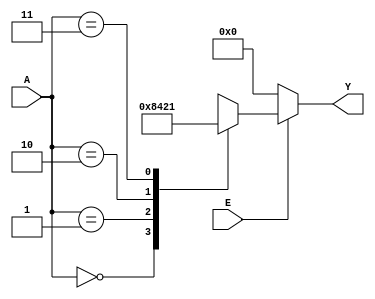
module decoder24a (E,A,Y);
input [1:0] A;
input E;
output [0:3] Y;
reg [0:3] Y;
always @(E,A)
begin 
  if(E==1'b0)
  Y=0;
  else begin 
    case(A)
    0:Y=8;
    1:Y=4;
    2:Y=2;
    3:Y=1;
    endcase
  end

end
endmodule